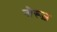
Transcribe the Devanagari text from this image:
नौरूज़